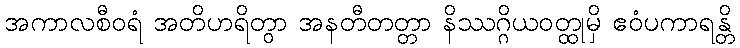
အကာလစီဝရံ အတိဟရိတွာ အနတီတတ္တာ နိဿဂ္ဂိယဝတ္ထုမှိ ဧဝံပကာရန္တိ